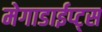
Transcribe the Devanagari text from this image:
मेगाडाईप्ट्स